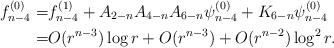
LaTeX: \begin{align*}f_{n-4}^{(0)}=&f_{n-4}^{(1)}+A_{2-n}A_{4-n}A_{6-n}\psi_{n-4}^{(0)}+K_{6-n}\psi_{n-4}^{(0)}\\=&O(r^{n-3})\log r+O(r^{n-3})+O(r^{n-2})\log^2 r.\end{align*}